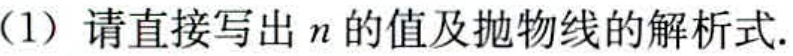
(1) 请直接写出\(n\)的值及抛物线的解析式.